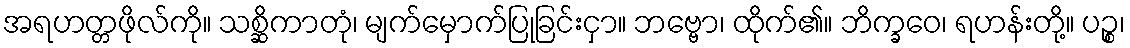
အရဟတ္တဖိုလ်ကို။ သစ္ဆိကာတုံ၊ မျက်မှောက်ပြုခြင်းငှာ။ ဘဗ္ဗော၊ ထိုက်၏။ ဘိက္ခဝေ၊ ရဟန်းတို့။ ပဉ္စ၊